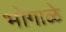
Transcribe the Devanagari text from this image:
भोगाळे